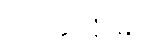
ပေးအပ်ချီးမြှင့်